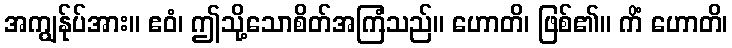
အကျွန်ုပ်အား။ ဧဝံ၊ ဤသို့သောစိတ်အကြံသည်။ ဟောတိ၊ ဖြစ်၏။ ကိံ ဟောတိ၊